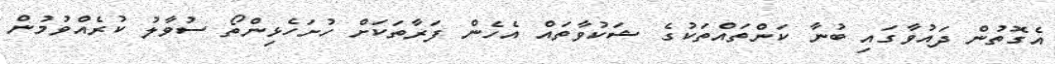
އެގޮތުން ދައުވާގައި ބުނާ ކަންތައްތަކުގެ ޝަކުވާތައް އެހެން ފަރާތަކަށް ހުށަހެޅިންތޯ ސުވާލު ކުރެއްވުމުން